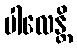
ပါလေန္တိ